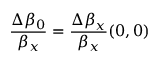
\frac { \Delta \beta _ { 0 } } { \beta _ { x } } = \frac { \Delta \beta _ { x } } { \beta _ { x } } ( 0 , 0 )